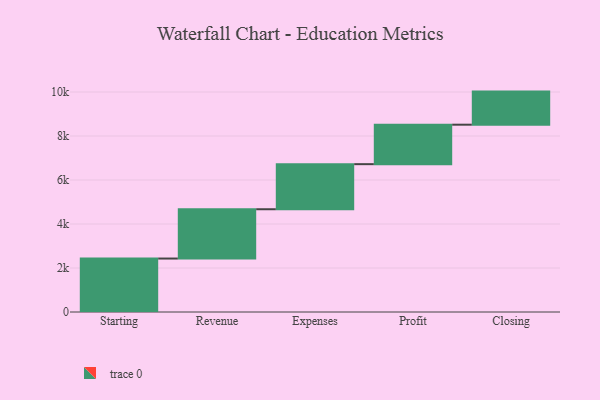
{"axis": {"x": "Step", "y": "Value"}, "legend": [""], "data": [{"x": "Starting", "y": 2430.0, "type": ""}, {"x": "Revenue", "y": 2241.0, "type": ""}, {"x": "Expenses", "y": 2049.0, "type": ""}, {"x": "Profit", "y": 1794.0, "type": ""}, {"x": "Closing", "y": 1504.0, "type": ""}]}